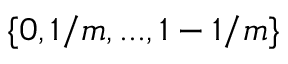
\{ 0 , 1 / m , . . . , 1 - 1 / m \}